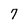
Character: 7